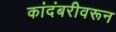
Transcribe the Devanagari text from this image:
कांदंबरीवरून